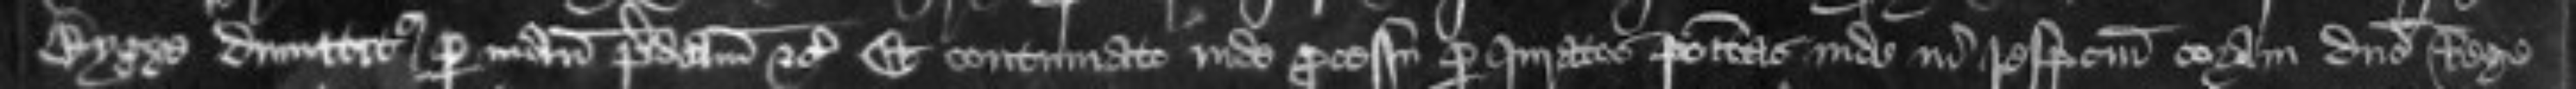
Bygge dimittitur per manum predictam etc Et continuato inde processu per Juratam positam inde in respectum coram domino Rege